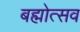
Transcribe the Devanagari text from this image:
बह्मोत्‍सव